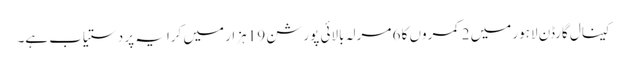
کینال گارڈن لاہور میں 2 کمروں کا 6 مرلہ بالائی پورشن 19 ہزار میں کرایہ پر دستیاب ہے۔